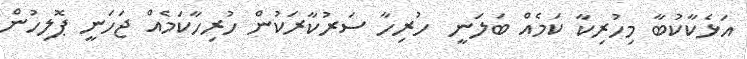
އަޅެކާކުބާ މިހުރިކާ ކަމެއް ބަލަނީ  ހުރިހާ ސަރުކާރަކުން ހުރިހާކަމެއް ޖަހަނީ ޕޮލިހުން